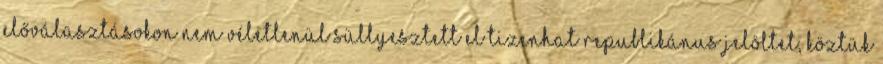
előválasztásokon nem véletlenül süllyesztett el tizenhat republikánus jelöltet, köztük